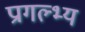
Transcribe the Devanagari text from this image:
प्रागल्भ्य